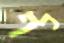
כף